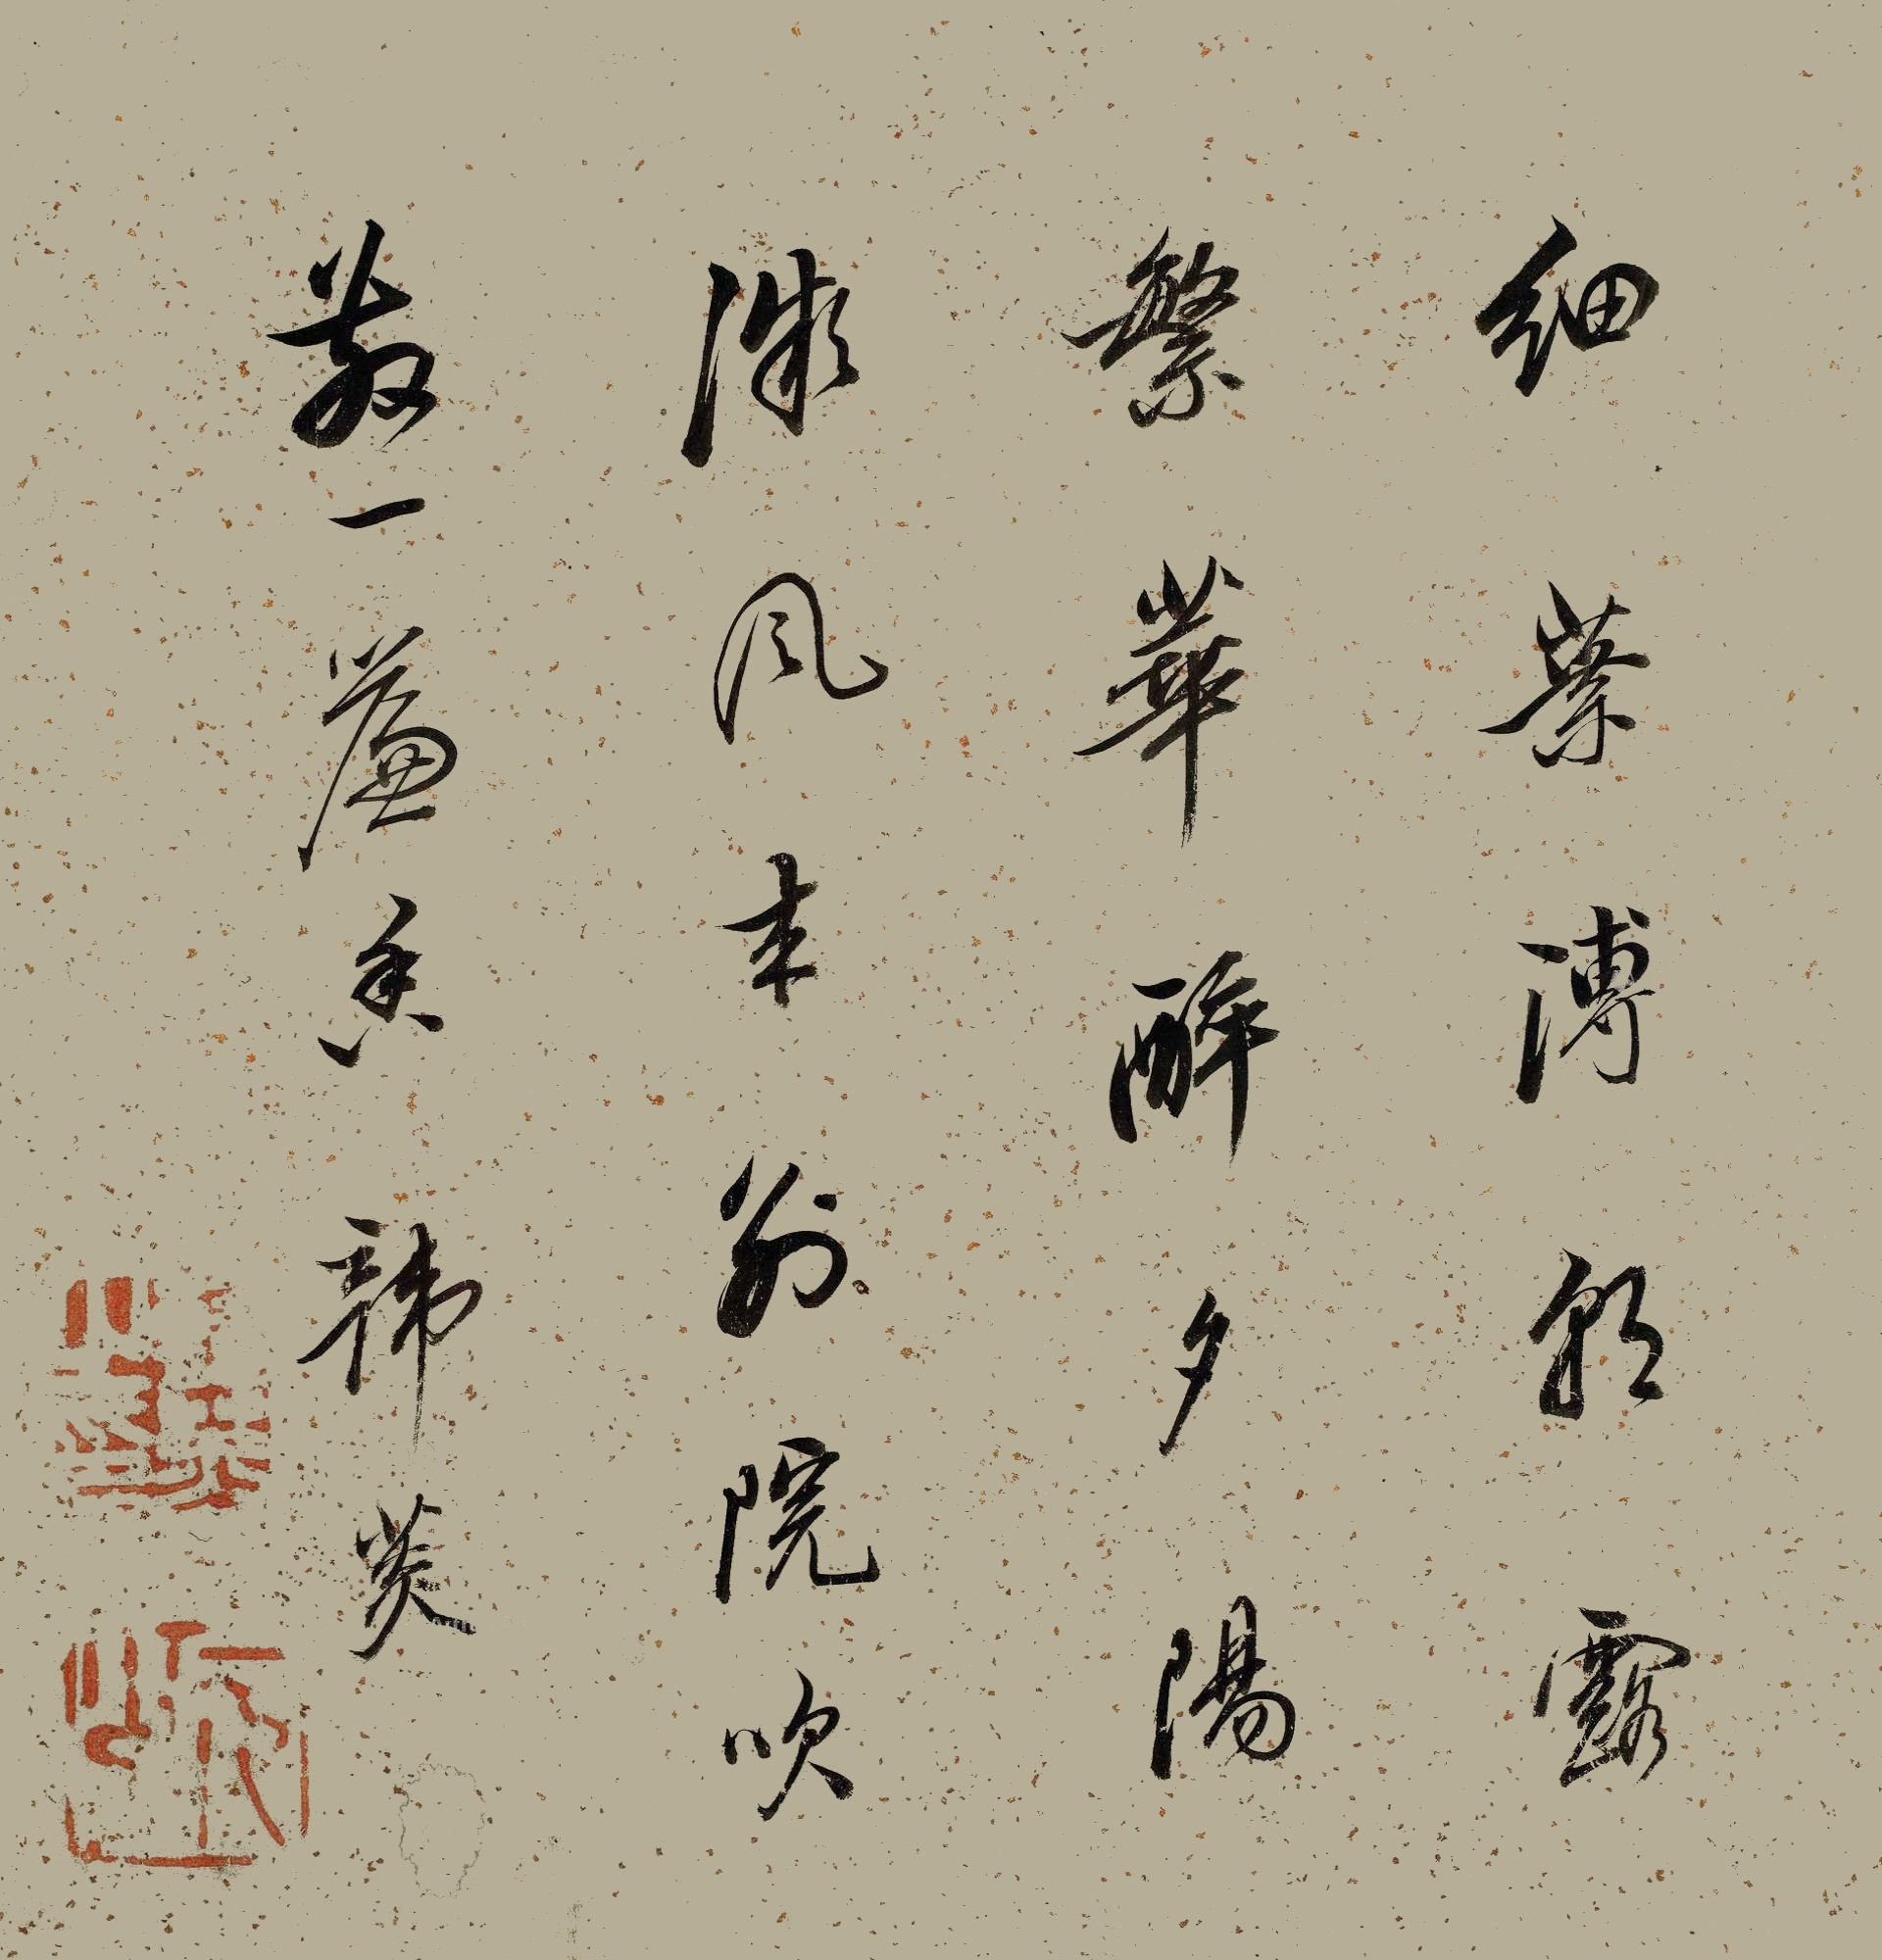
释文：细叶溥朝露，繁华醉夕阳。微风来别院，吹散一帘香。韩菼。